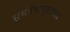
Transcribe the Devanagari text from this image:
समपंचभुजाकार